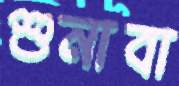
শুনাবা